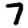
Digit: 7